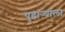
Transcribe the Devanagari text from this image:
पुढाऱ्याला